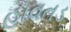
હાવતડ